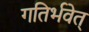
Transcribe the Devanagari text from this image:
गतिर्भवेत्